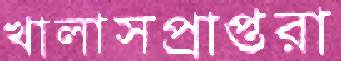
খালাসপ্রাপ্তরা